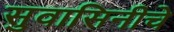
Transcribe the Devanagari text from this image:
सुवासिनीचे